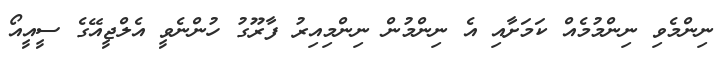
ނިންމެވި ނިންމުމެއް ކަމަށާއި އެ ނިންމުން ނިންމިއިރު ފާރޫގު ހުންނެވީ އެލްޖީއޭގެ ސީއީއޯ